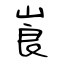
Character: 崀